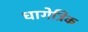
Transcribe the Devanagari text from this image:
धागेत्रिक